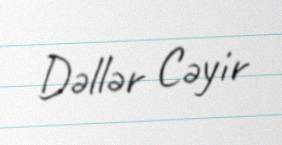
Dəllər Cəyir